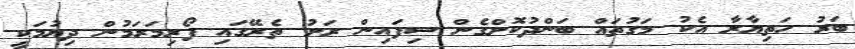
ބަރު ހަތިޔާރާ އެކު މަގުތައް ބަންދުކޮށްގެން ސިފައިން ރަށު ތެރޭގައި ފޯރިމަރަމުން ދިޔުމަކީ